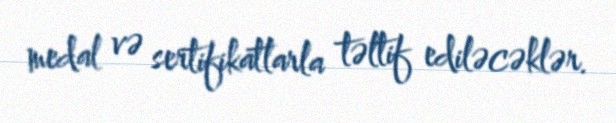
medal və sertifikatlarla təltif ediləcəklər.